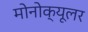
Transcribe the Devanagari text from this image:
मोनोक्यूलर